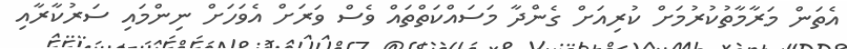
އެތަން މަރާމާތުކުރުމަށް ކުރިއަށް ގެންދާ މަސައްކަތްތައް ވެސް ވަރަށް އެވަހަށް ނިންމައި ސަރުކާރާއި